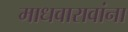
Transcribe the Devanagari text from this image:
माधवारावांना